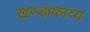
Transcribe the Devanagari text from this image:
खण्डाकाव्य